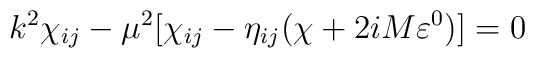
k^2\chi_{ij} - \mu^2[\chi_{ij} - \eta_{ij}(\chi + 2iM\varepsilon^0)] =0